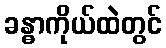
ခန္ဓာကိုယ်ထဲတွင်